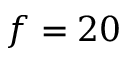
f = 2 0